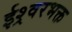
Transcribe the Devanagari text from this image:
ईश्र्वरभक्त